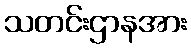
သတင်းဌာနအား